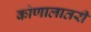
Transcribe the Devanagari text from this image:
कोणालातरी